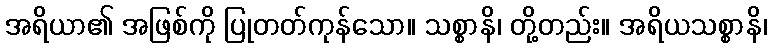
အရိယာ၏ အဖြစ်ကို ပြုတတ်ကုန်သော။ သစ္စာနိ၊ တို့တည်း။ အရိယသစ္စာနိ၊